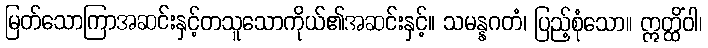
မြတ်သောကြာအဆင်းနှင့်တသူသောကိုယ်၏အဆင်းနှင့်။ သမန္နဂတံ၊ ပြည့်စုံသော။ ဣတ္ထိံဝါ၊